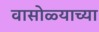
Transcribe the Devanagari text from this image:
वासोळ्याच्या